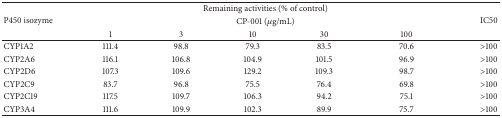
<table><thead><tr><td rowspan="3"><b>P450 isozyme</b></td><td colspan="5"><b>Remaining activities (% of control)</b></td><td rowspan="3"><b>IC50</b></td></tr><tr><td colspan="5"><b>CP-001 (<i>μ</i>g/mL)</b></td></tr><tr><td><b>1</b></td><td><b>3</b></td><td><b>10</b></td><td><b>30</b></td><td><b>100</b></td></tr></thead><tbody><tr><td>CYP1A2</td><td>111.4</td><td>98.8</td><td>79.3</td><td>83.5</td><td>70.6</td><td>&gt;100</td></tr><tr><td>CYP2A6</td><td>116.1</td><td>106.8</td><td>104.9</td><td>101.5</td><td>96.9</td><td>&gt;100</td></tr><tr><td>CYP2D6 </td><td>107.3</td><td>109.6</td><td>129.2</td><td>109.3</td><td>98.7</td><td>&gt;100</td></tr><tr><td>CYP2C9</td><td>83.7</td><td>96.8</td><td>75.5</td><td>76.4</td><td>69.8</td><td>&gt;100</td></tr><tr><td>CYP2C19 </td><td>117.5</td><td>109.7</td><td>106.3</td><td>94.2</td><td>75.1</td><td>&gt;100</td></tr><tr><td>CYP3A4</td><td>111.6</td><td>109.9</td><td>102.3</td><td>89.9</td><td>75.7</td><td>&gt;100</td></tr></tbody></table>